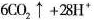
$$6CO_{2}\uparrow +28H^{+}$$